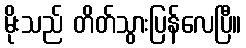
မိုးသည် တိတ်သွားပြန်လေပြီ။